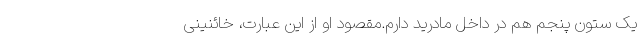
یک ستون پنجم هم در داخل مادرید دارم.مقصود او از این عبارت، خائنینی